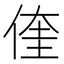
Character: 𮰀